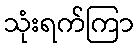
သုံးရက်ကြာ